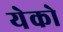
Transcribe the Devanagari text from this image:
येको